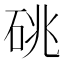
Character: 䂪